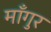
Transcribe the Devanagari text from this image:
माँगुर